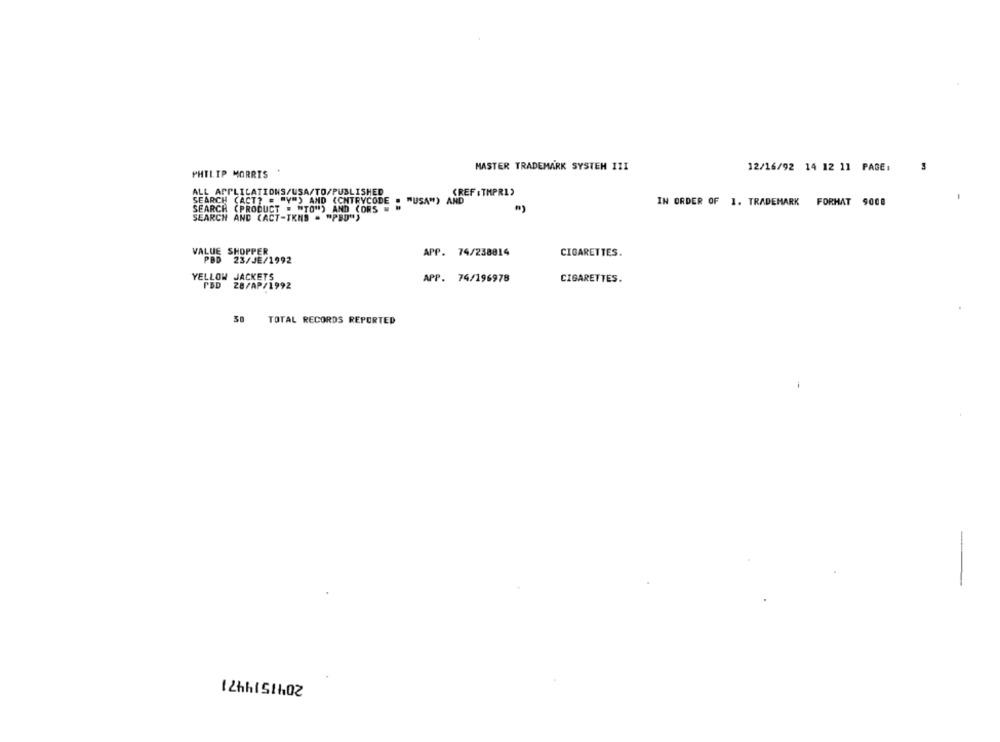
MASTER TRADEMARK SYSTEM III
12/16/92 14 12 11 PAGE:
PHILIP MORRIS
ALL APPLICATIONS/USA/TO/PUBLISHED
(REF : THPRI>
SEARCH (ACT? = "Y") AND CCHTRYCODE
"USA") AND
SEARCH (PRODUCT = "TO") AND CONS . "
IN ORDER OF 1. TRADEMARK FORMAT 9008
SEARCH AND (ACT-TKNS = "PED")
VALUE SHOPPER
APP. 74/238814
CIGARETTES.
PBD 23/JE/1992
YELLOW JACKETS
APP. 74/196978
CIGARETTES.
PBD
28/AP/1992
38 TOTAL RECORDS REPORTED
-
2041514471